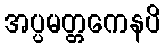
အပ္ပမတ္တကေနပိ